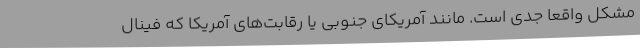
مشکل واقعا جدی است. مانند آمریکای جنوبی یا رقابت‌های آمریکا که فینال